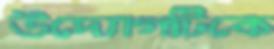
উদ্যোগটিকে